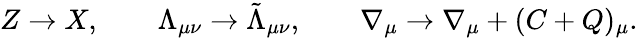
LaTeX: Z\rightarrow X,\qquad\Lambda_{\mu\nu}\rightarrow\tilde{\Lambda}_{\mu\nu},\qquad\nabla_{\mu}\rightarrow\nabla_{\mu}+(C+Q)_{\mu}.